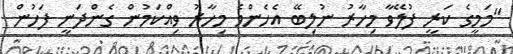
"މަމީގެ ކަރީ ފުލޭވާ މިހާރު ނުލިބޭ އެހެންވެ މިހާރު ވިއްކަމުން ގެންދަނީ ފަހުން